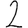
Digit: 2